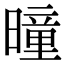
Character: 曈